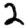
Digit: 2